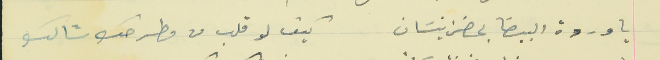
يا وردة البيضا بحضن نيسَان                                  كيف لو قلب من مطرحك شالك